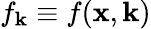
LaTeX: f_{\mathbf{k}}\equiv f(\mathbf{x},\mathbf{k})